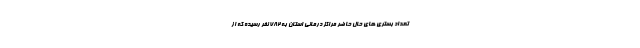
تعداد بستری های حال حاضر مراکز درمانی استان به 782 نفر رسیده که از